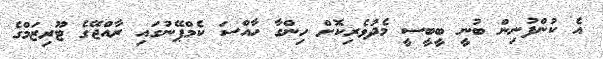
އެ ކުންފުނިން ބުނީ ބީބީސީ މެދުވެރިކޮށް ހިންގާ ހާއްސަ ކެމްޕޭނުގައި ރާއްޖޭގެ ޓޫރިޒަމްގެ